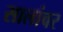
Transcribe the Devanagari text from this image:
सालांवर